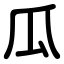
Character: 瓜